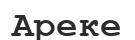
Ареке